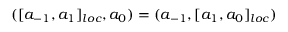
( [ a _ { - 1 } , a _ { 1 } ] _ { l o c } , a _ { 0 } ) = ( a _ { - 1 } , [ a _ { 1 } , a _ { 0 } ] _ { l o c } )